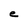
Character: e